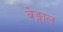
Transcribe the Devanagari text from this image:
बेङ्गाल